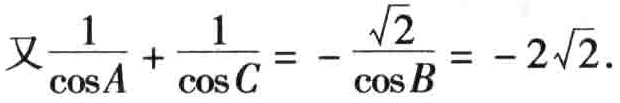
又\(\frac{1}{\cos A}+\frac{1}{\cos C}=-\frac{\sqrt{2}}{\cos B}=-2\sqrt{2}\).